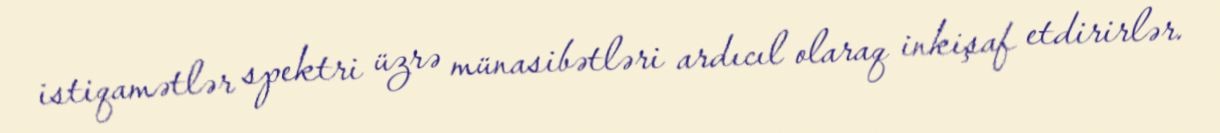
istiqamətlər spektri üzrə münasibətləri ardıcıl olaraq inkişaf etdirirlər.